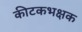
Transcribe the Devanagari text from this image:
कीटकभक्षक